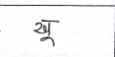
मजकूर: खू